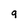
Character: 9